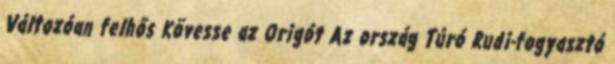
Változóan felhős Kövesse az Origót Az ország Túró Rudi-fogyasztó